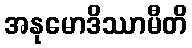
အနုမောဒိဿာမီတိ